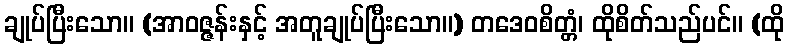
ချုပ်ပြီးသော။ (အာဝဇ္ဇန်းနှင့် အတူချုပ်ပြီးသော။) တဒေဝစိတ္တံ၊ ထိုစိတ်သည်ပင်။ (ထို